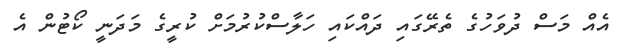
އެއް މަސް ދުވަހުގެ ތެރޭގައި ދައްކައި ހަލާސްކުރުމަށް ކުރީގެ މަދަނީ ކޯޓުން އެ